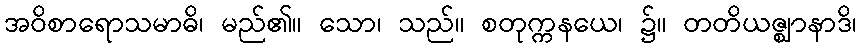
အဝိစာရောသမာဓိ၊ မည်၏။ သော၊ သည်။ စတုက္ကနယေ၊ ၌။ တတိယဇ္ဈာနာဒိ၊